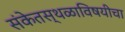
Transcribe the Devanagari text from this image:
संकेतस्थळाविषयीचा